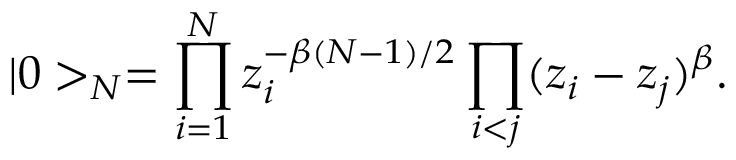
| 0 > _ { N } = \prod _ { i = 1 } ^ { N } z _ { i } ^ { - \beta ( N - 1 ) / 2 } \prod _ { i < j } ( z _ { i } - z _ { j } ) ^ { \beta } .